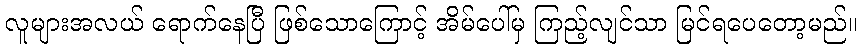
လူများအလယ် ရောက်နေပြီ ဖြစ်သောကြောင့် အိမ်ပေါ်မှ ကြည့်လျင်သာ မြင်ရပေတော့မည်။